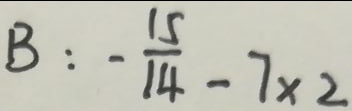
B : - \frac { 1 5 } { 1 4 } - 7 \times 2